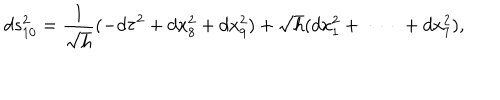
d s _ { 1 0 } ^ { 2 } = \frac { 1 } { \sqrt { h } } ( - d \tau ^ { 2 } + d x _ { 8 } ^ { 2 } + d x _ { 9 } ^ { 2 } ) + \sqrt { h } ( d x _ { 1 } ^ { 2 } + \ \cdots \ + d x _ { 7 } ^ { 2 } ) ,